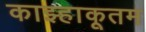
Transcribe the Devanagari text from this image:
काझ्हाकूतम